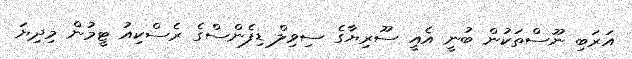
އަރަބި ނޫސްތަކުން ބުނީ އެއީ ސޫރިޔާގެ ސިވިލް ޑިފެންސްގެ ރެސްކިއު ޓީމުން މިދިޔަ